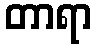
တာရာ